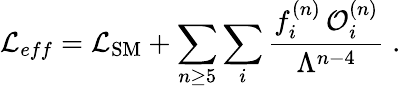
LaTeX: {\cal L}_{eff}={\cal L}_{\mathrm{SM}}+\sum_{n\geq 5}\sum_{i}\frac{f_{i}^{(n)}\, {\cal O}_{i}^{(n)}}{\Lambda^{n-4}}\; .